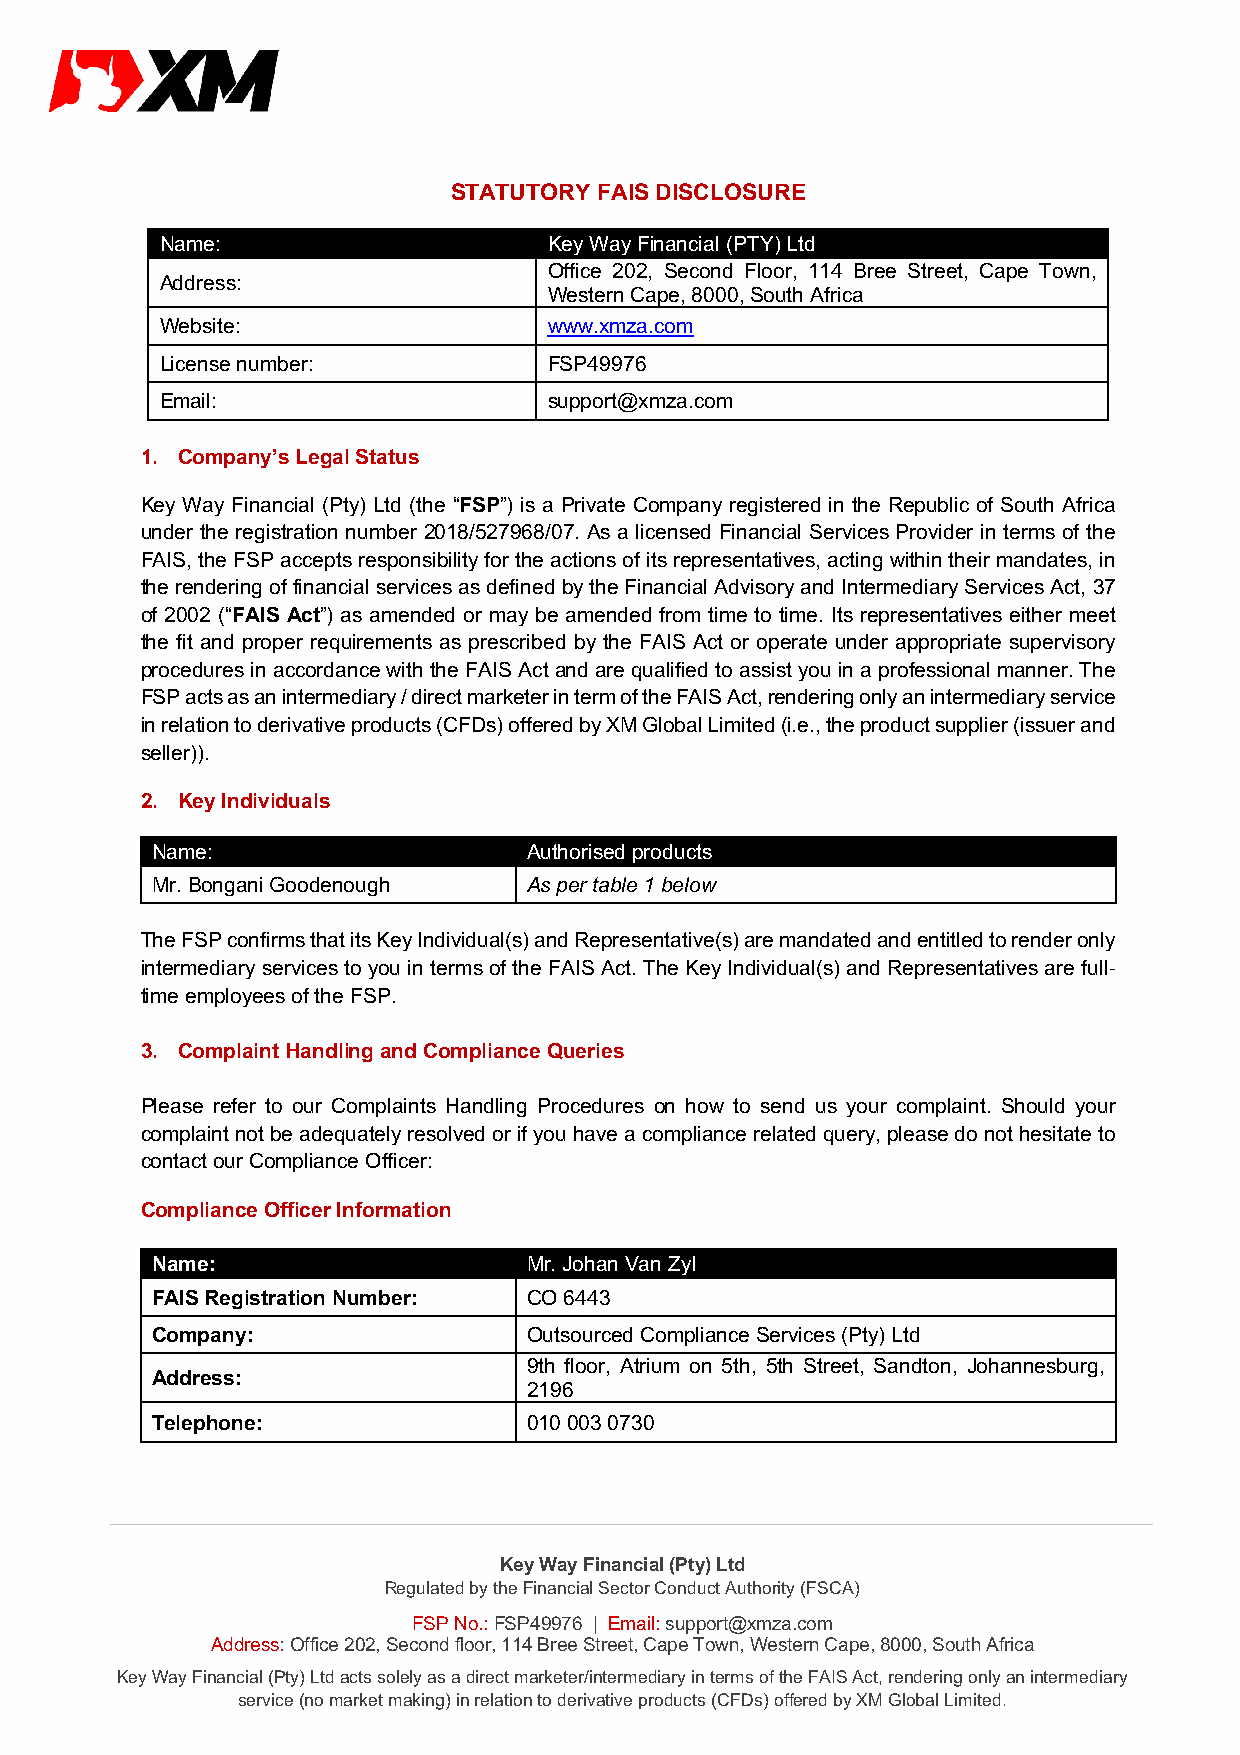
STATUTORY FAIS DISCLOSURE
 Name:                    Key Way Financial (PTY) Ltd
 Office 202, Second Floor, 114 Bree Street, Cape Town,
 Address:
 Western Cape, 8000, South Africa
 Website:                 www.xmza.com
 License number:          FSP49976
 Email:                   support@xmza.com
 1. Company’s Legal Status
 Key Way Financial (Pty) Ltd (the “FSP”) is a Private Company registered in the Republic of South Africa
 under the registration number 2018/527968/07. As a licensed Financial Services Provider in terms of the
 FAIS, the FSP accepts responsibility for the actions of its representatives, acting within their mandates, in
 the rendering of financial services as defined by the Financial Advisory and Intermediary Services Act, 37
 of 2002 (“FAIS Act”) as amended or may be amended from time to time. Its representatives either meet
 the fit and proper requirements as prescribed by the FAIS Act or operate under appropriate supervisory
 procedures in accordance with the FAIS Act and are qualified to assist you in a professional manner. The
 FSP acts as an intermediary / direct marketer in term of the FAIS Act, rendering only an intermediary service
 in relation to derivative products (CFDs) offered by XM Global Limited (i.e., the product supplier (issuer and
 seller)).
 2. Key Individuals
 Name:                    Authorised products
 Mr. Bongani Goodenough   As per table 1 below
 The FSP confirms that its Key Individual(s) and Representative(s) are mandated and entitled to render only
 intermediary services to you in terms of the FAIS Act. The Key Individual(s) and Representatives are full-
 time employees of the FSP.
 3. Complaint Handling and Compliance Queries
 Please refer to our Complaints Handling Procedures on how to send us your complaint. Should your
 complaint not be adequately resolved or if you have a compliance related query, please do not hesitate to
 contact our Compliance Officer:
 Compliance Officer Information
 Name:                    Mr. Johan Van Zyl
 FAIS Registration Number: CO 6443
 Company:                 Outsourced Compliance Services (Pty) Ltd
 9th floor, Atrium on 5th, 5th Street, Sandton, Johannesburg,
 Address:
 2196
 Telephone:               010 003 0730
 Key Way Financial (Pty) Ltd
 Regulated by the Financial Sector Conduct Authority (FSCA)
 FSP No.: FSP49976 | Email: support@xmza.com
 Address: Office 202, Second floor, 114 Bree Street, Cape Town, Western Cape, 8000, South Africa
 Key Way Financial (Pty) Ltd acts solely as a direct marketer/intermediary in terms of the FAIS Act, rendering only an intermediary
 service (no market making) in relation to derivative products (CFDs) offered by XM Global Limited.